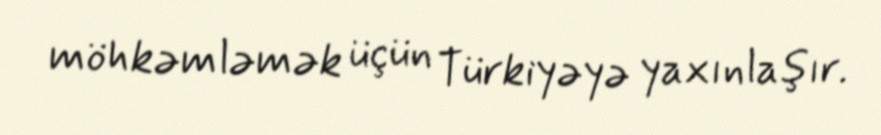
möhkəmləmək üçün Türkiyəyə yaxınlaşır.